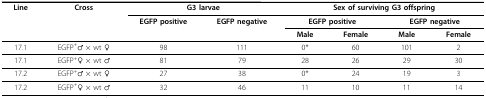
| Line | Cross | <COLSPAN=2> G3 larvae | <COLSPAN=4> Sex of surviving G3 offspring |
 |  |  | EGFP positive | EGFP negative | <COLSPAN=2> EGFP positive | <COLSPAN=2> EGFP negative |
 |  |  |  |  | Male | Female | Male | Female |
 | --- | --- | --- | --- | --- | --- | --- | --- |
 | 17.1 | EGFP+♂ × wt ♀ | 98 | 111 | 0* | 60 | 101 | 2 |
 | 17.1 | EGFP+♀ × wt ♂ | 81 | 79 | 28 | 26 | 29 | 30 |
 | 17.2 | EGFP+♂ × wt ♀ | 27 | 38 | 0* | 24 | 19 | 3 |
 | 17.2 | EGFP+♀ × wt ♂ | 32 | 46 | 11 | 10 | 11 | 14 |